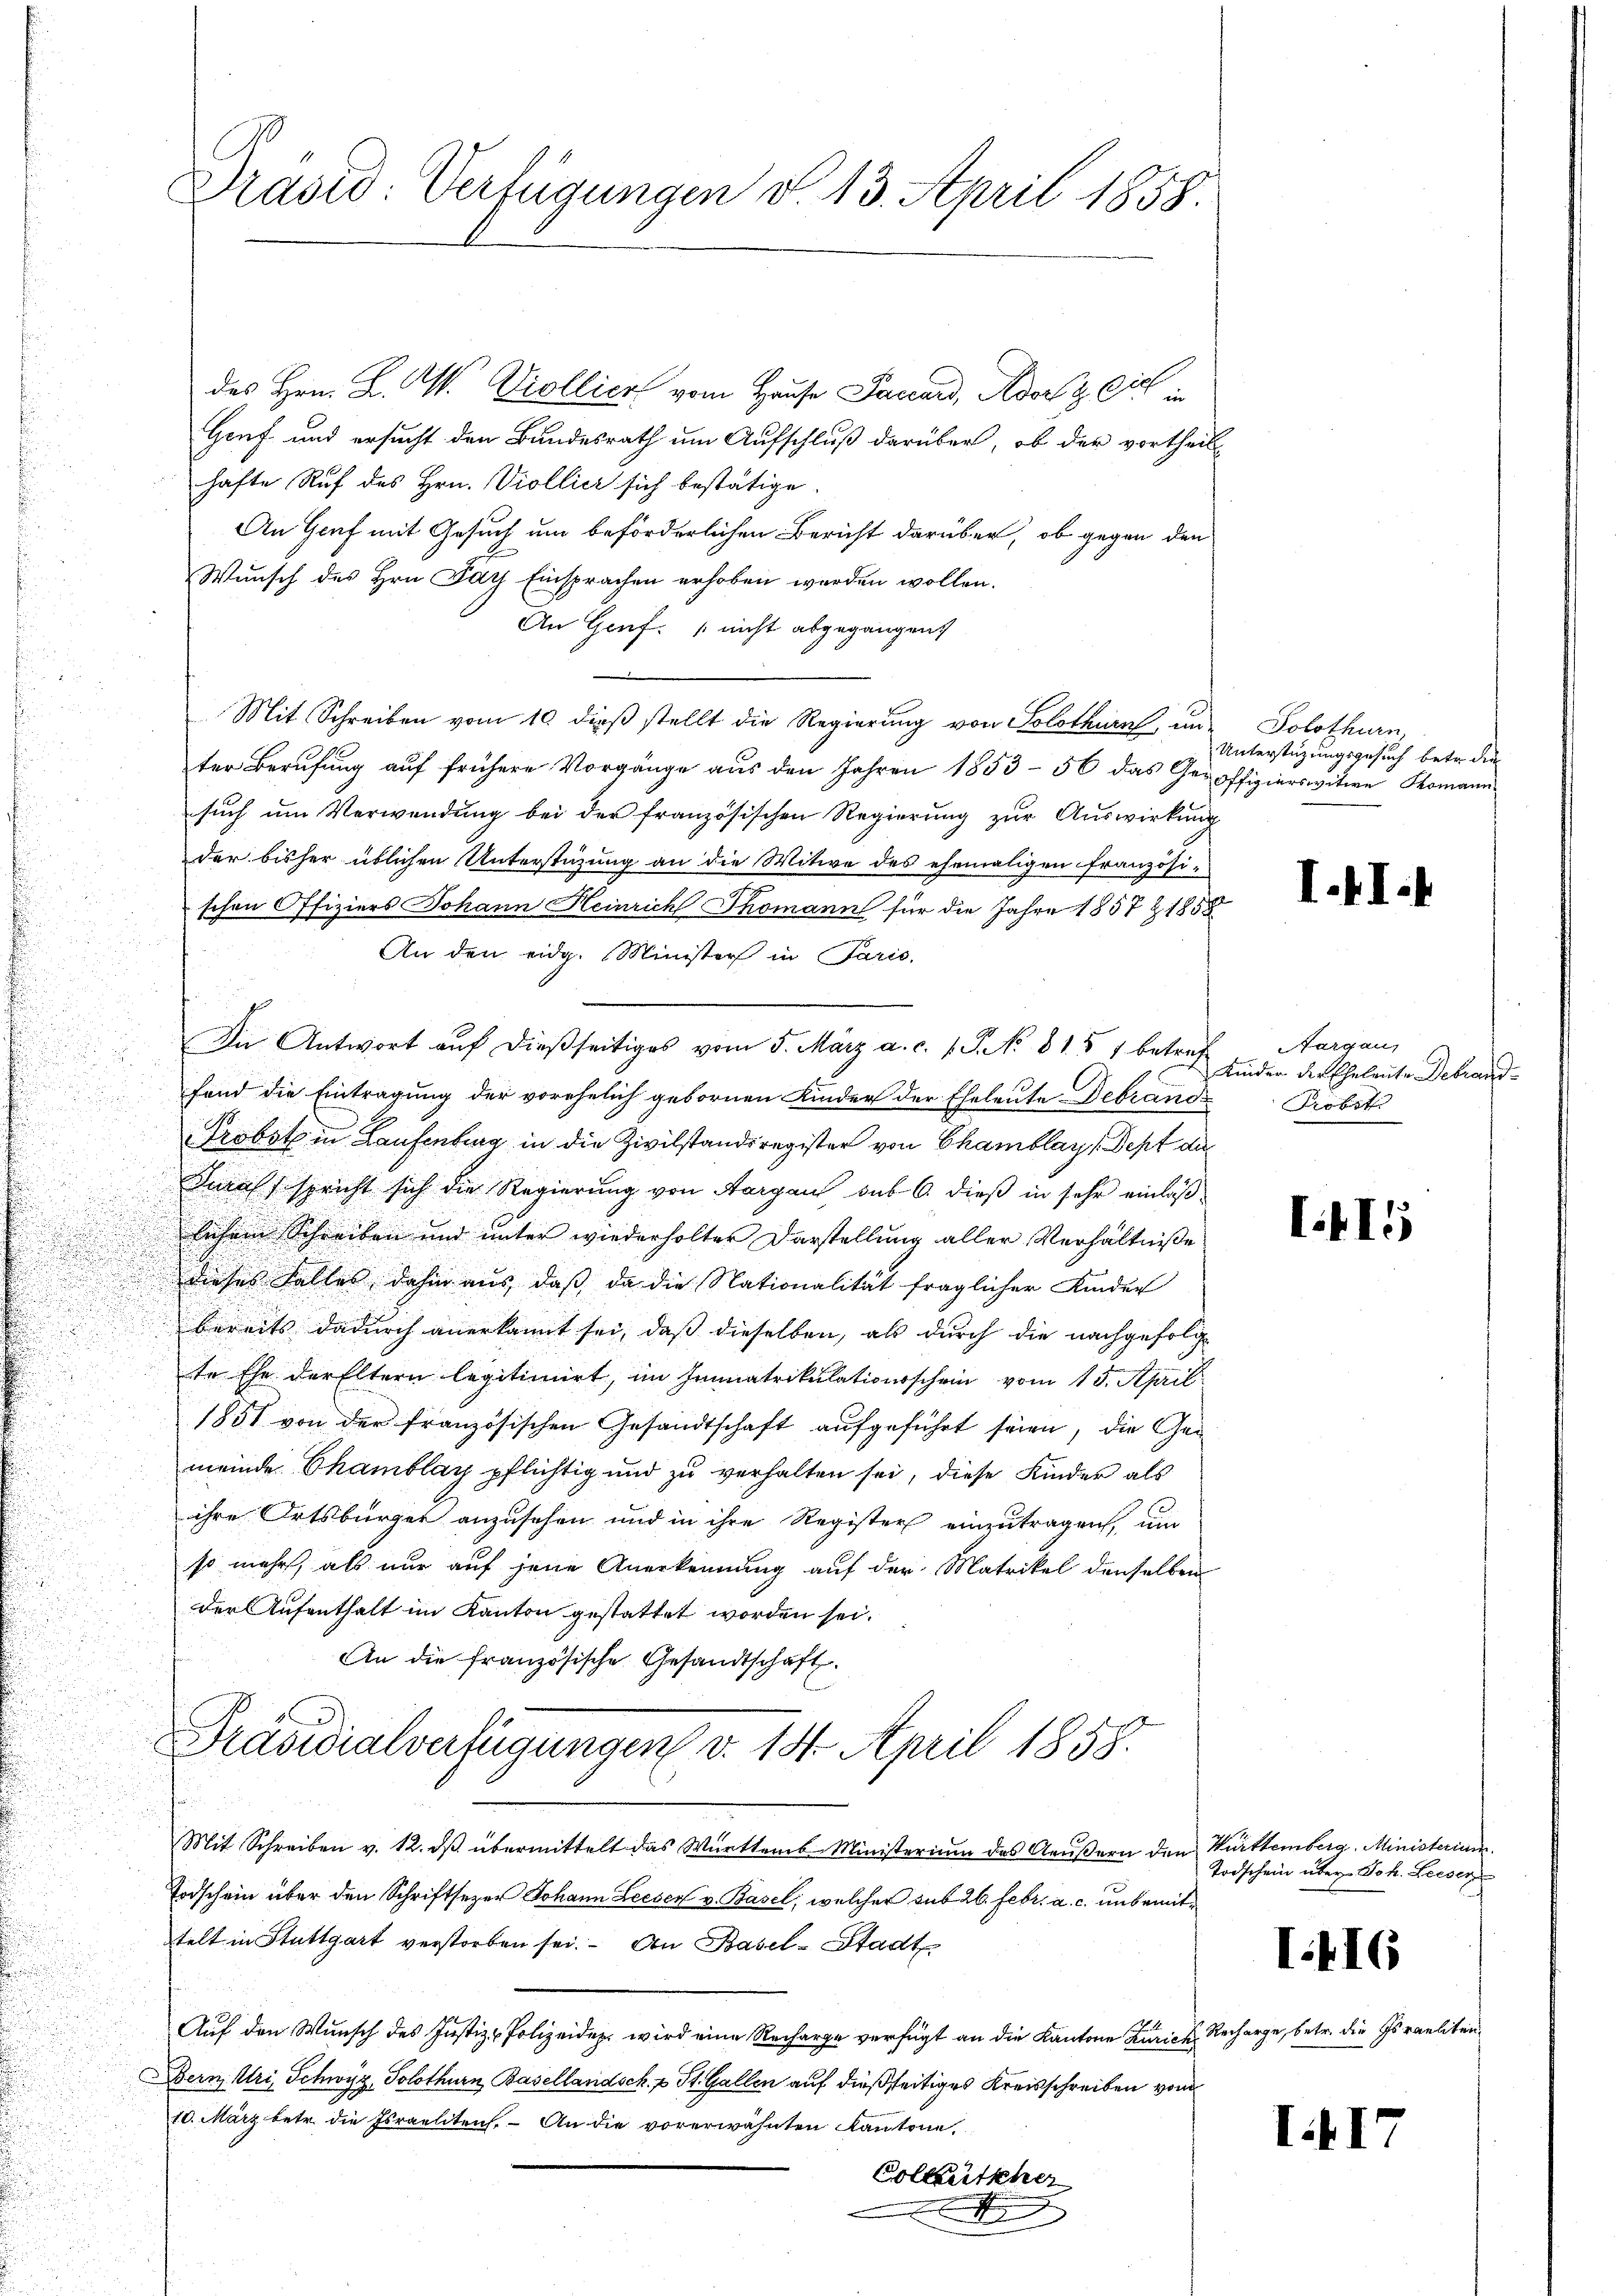
ih
des Hrn. L. W. Viollier vom Hause Paccard, Adorf & Cie in
Genf und ersucht den Bundesrath um Aufschluß darüber, ob der vortheil
hafte Ruf des Hrn. Viollici sich bestätige.
An Genf mit Gesuch um beförderlichen Bericht darüber, ob gegen den
Wunsch des Hrn. Pays Einsprachen erhoben werden wollen.
An Genf. (nicht abgegangen
u
Mit Schreiben vom 10. dieß stellt die Regierung von Solothurn, und Solothurn.
ter Berufung auf frühere Vorgänge aus den Jahren 1853 - 56 das Geroffizierswitwe Komann
such um Verwendung bei der französischen Regierung zur Auswirkung
der bisher üblichen Unterstüzung an die Mitwe des ehemaligen Französi-
schen Offiziers Johann Heinrich Thomann für die Jahre 1857 Z 1858
An den eidg. Minister in Paris.
fond die Eintragung der vorehelich gebornen Kinder der Eheleute Debrand¬
Probst in Laufenburg in die Zivilstandsregister von Chamblay, Dept di
Durch spricht sich die Regierung von Aargau sub 6. dieß in sehr einläßlichem Schreiben und unter wiederholter Darstellung aller Verhältniße
dieses Falles dahin aus, daß da die Nationalität fraglicher Kinder
bereits dadurch anerkannt sei, daß dieselben, als durch die nachgefolg
te Ehe der Eltern legitimirt, im Immatrikulationsschein vom 15. April
1851 von der französischen Gesandtschaft aufgeführt seien, die Gemeinde Chamblay pflichtig und zu verhalten sei, diese Kinder als
ihre Ortsbürger anzusehen und in ihre Register einzutragen, um
so mehr, als nur auf jene Anerkennung auf der Matrikel denselben
der Aufenthalt im Kanton gestattet worden sei.
An die französische Gesandtschaft.
Präsidialverfügungen v. 14. April 1858.
Mit Schreiben v. 12. dβ übermittelt das Württemb. Ministerium des Aeußern den Württemberg. Ministerium
Todschein über den Schriftsezer Johann Leeser v. Basel, welcher sub 26. Febr. a. c. unbemittelt in Stuttgart verstorben sei. An Basel-Stadt
Auf den Wunsch des Justiz-Polizeiden wird eine Recharge verfügt an die Kantone Zürich, Recharge, betr. die Israeliten¬
Bern Uri, Schwyz, Solothurn, Basellandsch. - St. Gallen auf dießseitiges Kreisschreiben vom
10. März betr. die Israelitens. An die vorerwähnten Kantone,
Volketscher
ff

Präsid. Verfügungen d. 13. April 1858.

In Antwort auf dießseitiges vom 5. März a. c. v. J. No 815 1 betref

Unterstüzungsgesuch betr. die

I.

Aargau,
Kinder der Eheleute Debrand¬
Pröbot

II5

Todschein über Joh. Leeser

I.416

III